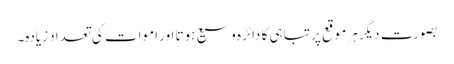
بصورت دیگرہر موقع پر تباہی کا دائرہ وسیع ہوتا اور اموات کی تعداد زیادہ۔